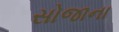
સોજાના